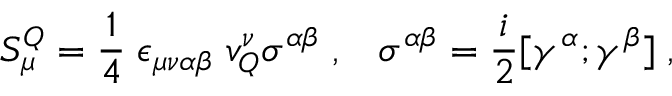
S _ { \mu } ^ { Q } = \frac { 1 } { 4 } \; \epsilon _ { \mu \nu \alpha \beta } \; v _ { Q } ^ { \nu } \sigma ^ { \alpha \beta } \; , \; \; \; \sigma ^ { \alpha \beta } = \frac { i } { 2 } [ \gamma ^ { \alpha } ; \gamma ^ { \beta } ] \; ,